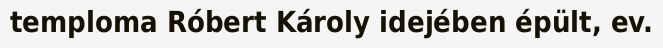
temploma Róbert Károly idejében épült, ev.